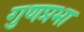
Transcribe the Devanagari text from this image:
गुणप्रभा